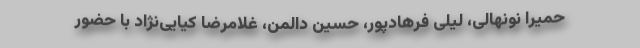
حمیرا نونهالی، لیلی فرهادپور، حسین دالمن، غلامرضا کیایی‌نژاد با حضور